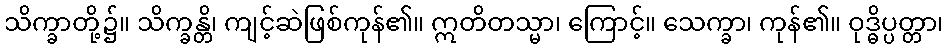
သိက္ခာတို့၌။ သိက္ခန္တိ၊ ကျင့်ဆဲဖြစ်ကုန်၏။ ဣတိတသ္မာ၊ ကြောင့်။ သေက္ခာ၊ ကုန်၏။ ဝုဒ္ဓိပ္ပတ္တာ၊